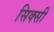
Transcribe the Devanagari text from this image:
सिक्सी